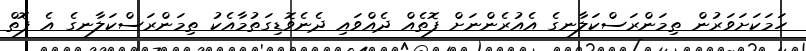
ހަމަކަށަވަރުން ތިމަންރަސްކަލާނގެ އެއުރެންނަށް ފޮތެއް ދެއްވައި ދެނެވޮޑިގަތުމާއެކު ތިމަންރަސްކަލާނގެ އެ ފޮތް